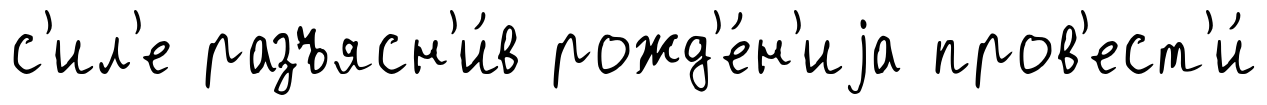
с'ил'е разъясн'и́в рожд'е́н'иjа пров'ест'и́